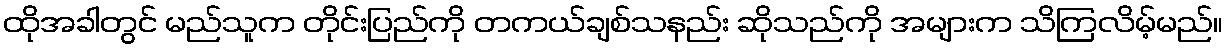
ထိုအခါတွင် မည်သူက တိုင်းပြည်ကို တကယ်ချစ်သနည်း ဆိုသည်ကို အများက သိကြလိမ့်မည်။